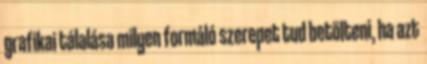
grafikai tálalása milyen formáló szerepet tud betölteni, ha azt